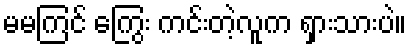
မမကြင် ကြွေး ကင်းတဲ့လူက ရှားသားပဲ။